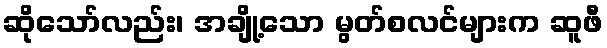
ဆိုသော်လည်း၊ အချို့သော မွတ်စလင်များက ဆူဖီ